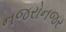
નજરોનજર